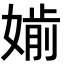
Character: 𡠔